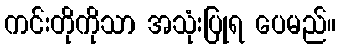
ကင်းတိုကိုသာ အသုံးပြုရ ပေမည်။